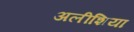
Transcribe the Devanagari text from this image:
अलीशिया